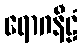
ရောဂနီဠံ